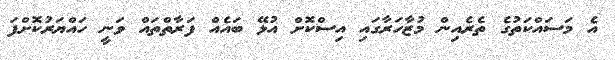
އެ މަސައްކަތުގެ ތެރެއިން މުޒާހަރާގައި އިސްކޮށް އުޅޭ ބައެއް ފަރާތްތައް ވަނީ ހައްޔަރުކޮށްފަ